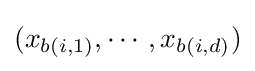
(x_{b(i,1)},\cdots ,x_{b(i,d)})